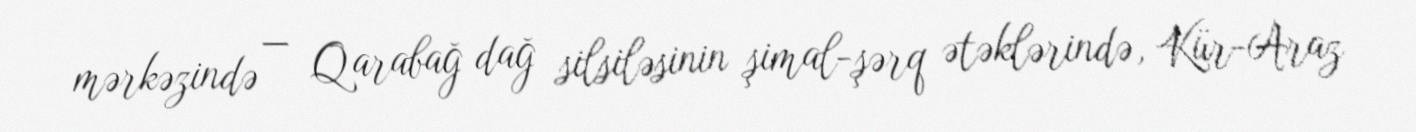
mərkəzində — Qarabağ dağ silsiləsinin şimal-şərq ətəklərində, Kür-Araz